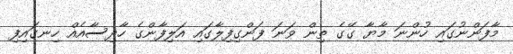
މާފަންނުގައި ހުންނަ މާޔާ ގޭގެ ތިން ވަނަ ފަންގިފިލާގައި އަލިފާންގެ ހާދިސާއެއް ހިނގައިފި